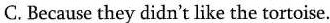
C. Because they didn't like the tortoise.